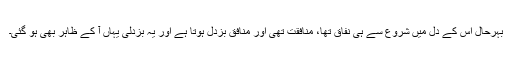
بہرحال اس کے دل میں شروع سے ہی نفاق تھا، منافقت تھی اور منافق بزدل ہوتا ہے اور یہ بزدلی یہاں آ کے ظاہر بھی ہو گئی۔